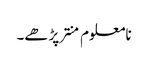
نامعلوم منتر پڑھے۔